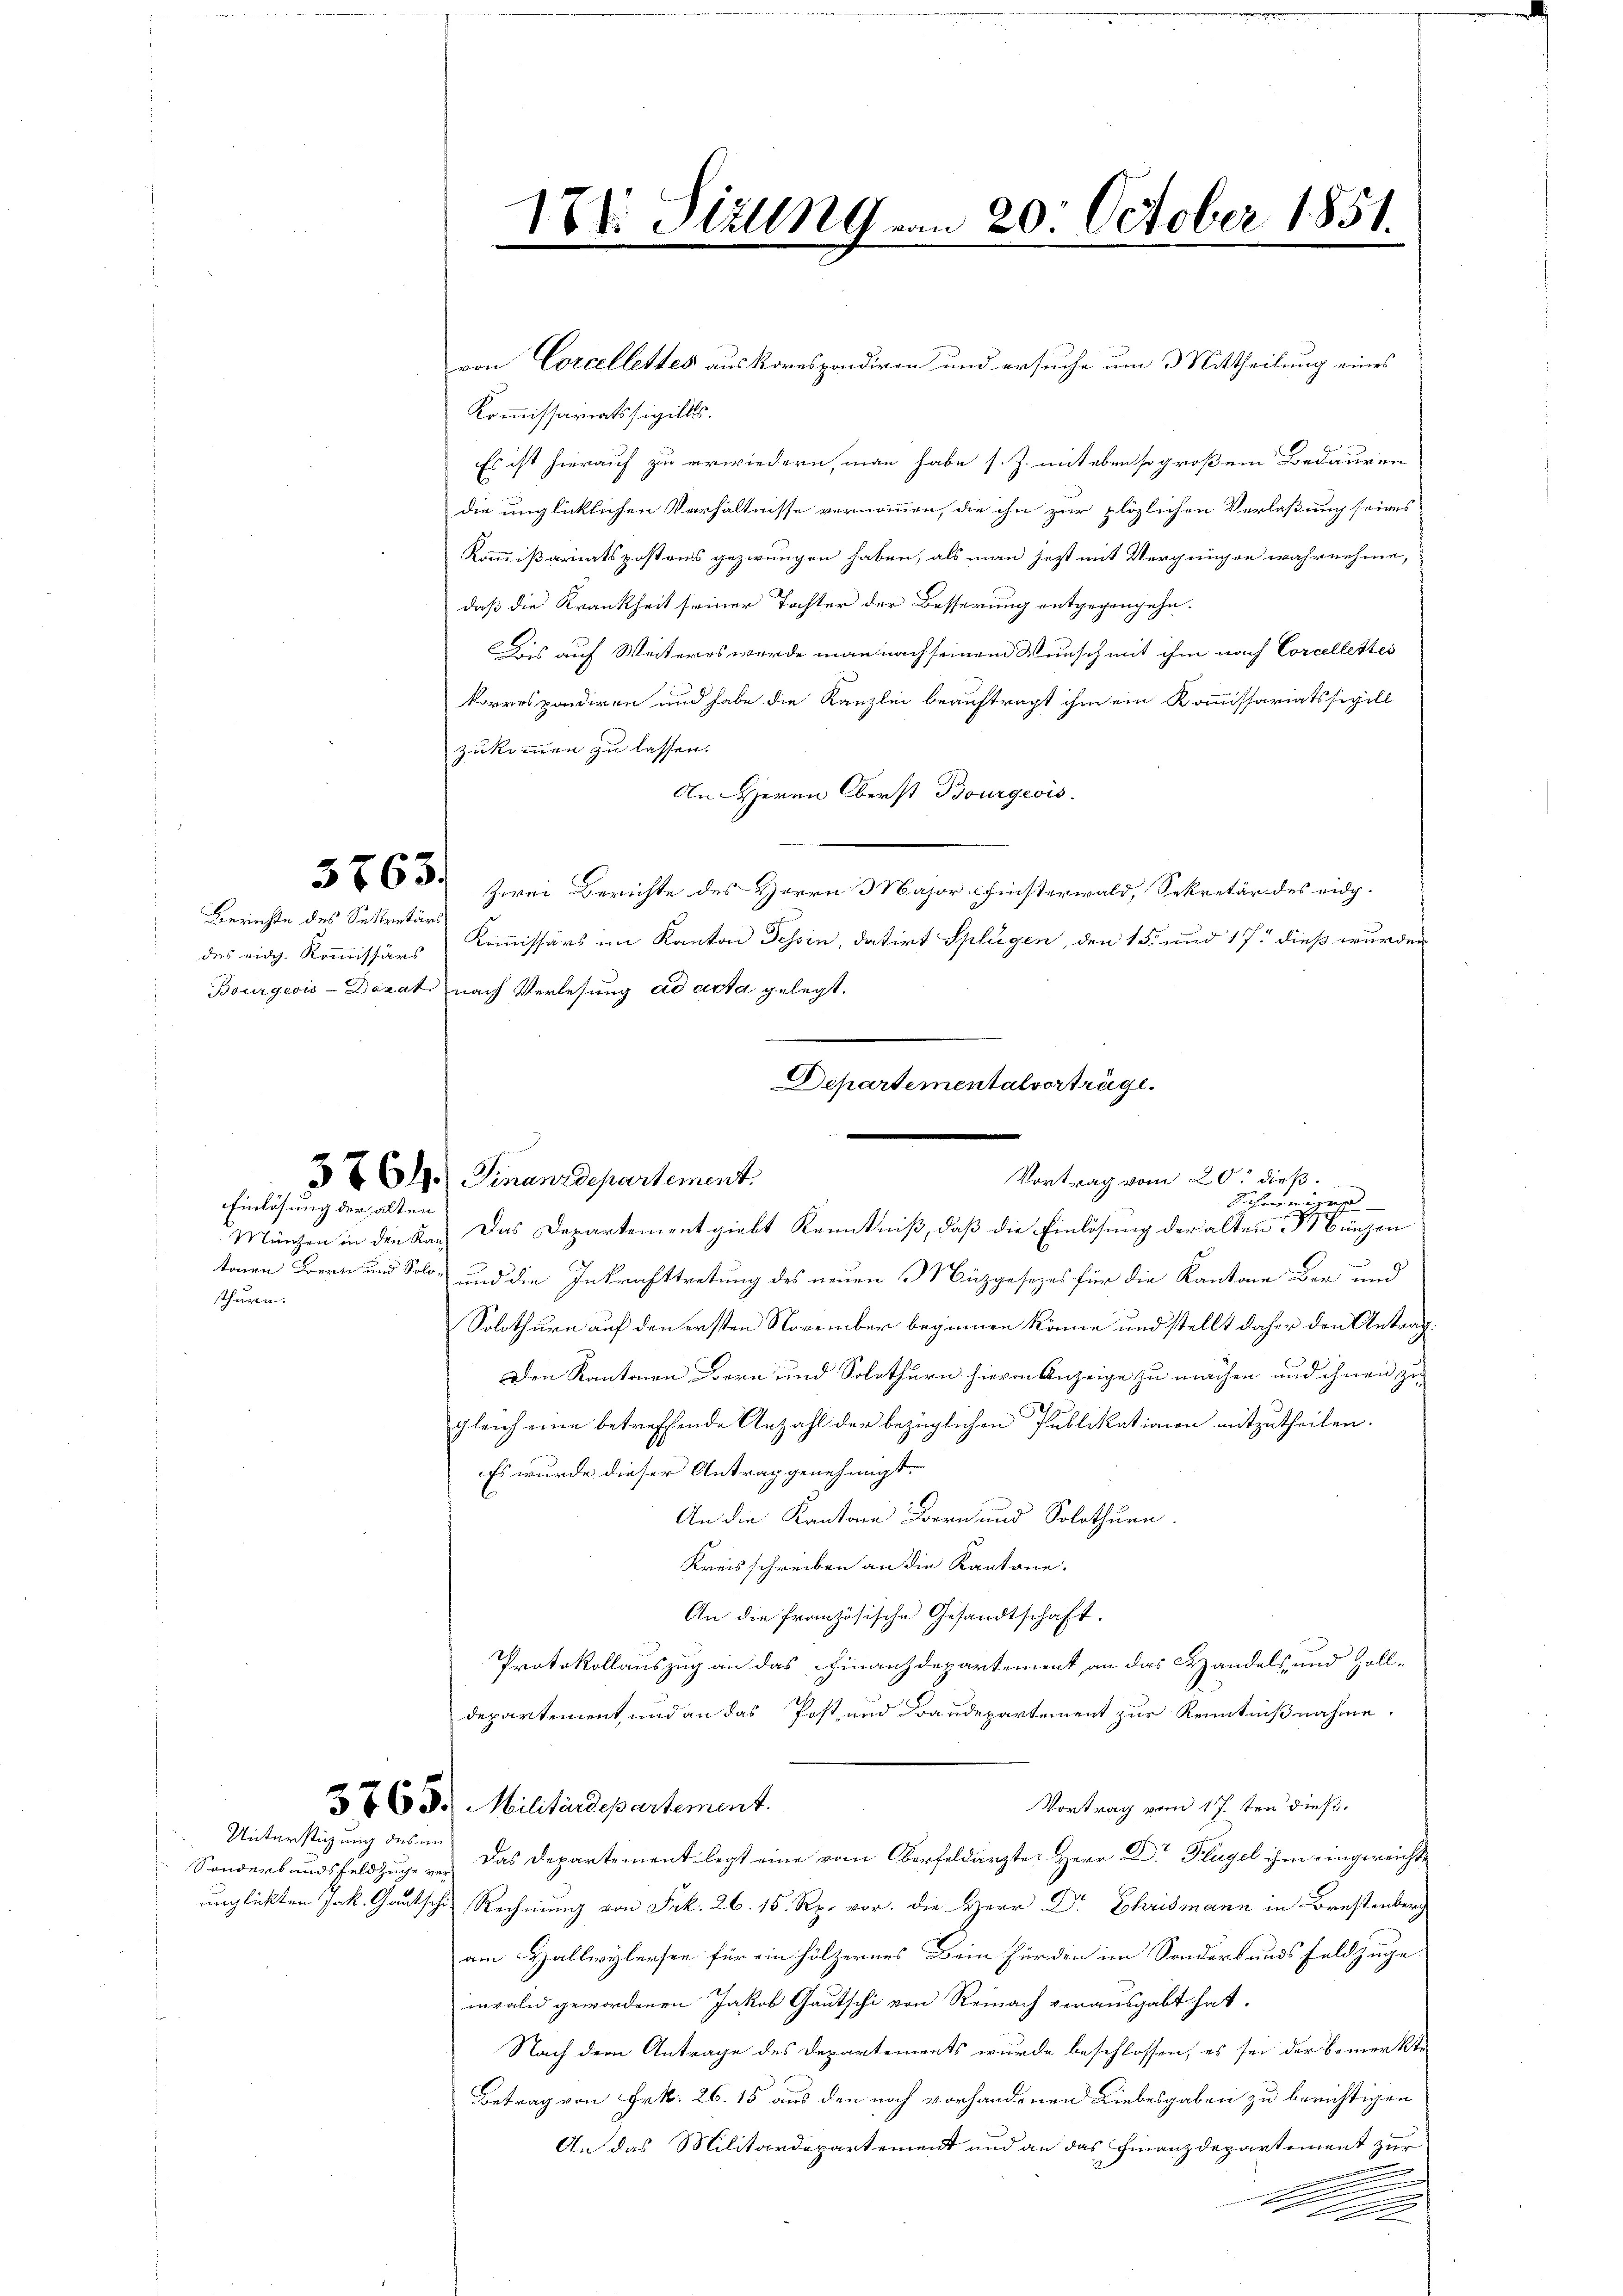
Berichte des Sekretärs
des eidg. Kommissärs

Einlösung der alten
thurn.

von Corcellettes auskorrspondiren und ersuche um 3 Mittheilung eines
Kommissariatssigills.
Es ist hierauf zu erwiedern, man habe s. Z. mit eben so großem Bedauren
die unglücklichen Verhältnisse vernommen, die ihn zur plözlichen Verlaßung seines
Kommißariatspostens gezwungen haben, als man jetzt mit Vergnügen wahrnehme,
daß die Krankheit seiner Tochter der Besserung entgegengehen.
Das auf Weiteres wurde man nach seinem Wunsch mit ihm nach Corcellettes
korrespondiren und habe die Kanzlei beauftragt ihm ein Kommissariatssepill
zukommen zu lassen.
An Herrn Oberst Bourgeois.
263. Zwei Berichte des Herrn Major Chinsterwald, Sekretär des eidg.
Kommissärs im Kanton Tessin, datirt Splügen, den 15. und 17 dieß wurden
Bourgeois-Donat nach Verlesung ad acta gelegt.
376. Finanzdepartement.
Münzen in den Rau. Das Departement giebt Kenntniß, daß die Einlösung der alten Bünzen
tonen Bern und Solo- und die Inkrafttretung des neuen Mizgesezes für die Kantone der und
Solothurn auf den ersten November beginnen könne und stellt daher den Antrag
Den Kantonen Bern und Solothurn hievon Anzeige zu machen und ihnen zu
gleich eine betreffende Anzahl der bezüglichen Publikationen mitzutheilen.
Es wurde dieser Antrag genehmigt.
An die Kantone Bern und Solothurn.
Kreisschreiben an die Kantone.
An die französische Gesandtschaft,
Protokollauszug an das Finanzdepartement, an das Handels und Zolldepartement, und an das Post und Baudepartement zur Kenntnißnahme.
376 d. Militärdepartement.
Vortrag vom 17. ten dieß.
Sonderbandsfeldzuge vor das Departement legt eine vom Oberfeldärzte Herr Dr Flügel ihm eingereichte
unglickten Jak. Gautsche Rechnung von Frk. 26. 15. Rp. vor. die Herr Dr Ehrismann in Brestenberg
am Hallwylersee für einhölzernes Bein fürden im Sonders andes Feldzuge
mrald gewordenen Jakob Gautschi von Reinach verausgabt hat.
Nach dem Antrage des Departements wurde beschlossen, es sei der bemerkte
Betrag von Frk. 26. 15 aus den noch vorhandenen Liebesgaben zu berichtigen
An das Militärdepartement und an das Finanzdepartement zur
n
A 190

Unterstüzung des im

171: Pilln9 vom 20. October 1851.

Departementalvorträge.
Vortrag vom 20. dieß.
Schweigen